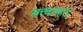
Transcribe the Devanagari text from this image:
सत्त्वलहरी